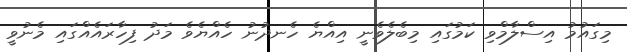
މިގައުމު އިސްލާމްވި ކަމުގައި މިބެލެވެނީ އިއްޔެ ހެނދުނު ހެއްޔެވެ މަދު ފިހާރައެއްގައި މެނުވީ